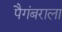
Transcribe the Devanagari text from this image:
पैगंबराला